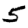
Digit: 5